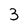
Character: 3